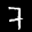
Label: 7